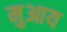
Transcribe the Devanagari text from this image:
मुआय